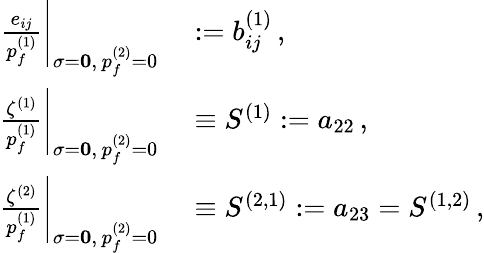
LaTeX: \begin{array}{rl}{\left.\frac{e_{ij}}{p_{f}^{(1)}}\right|_{{\mathbf{\sigma}=\mathbf{0}},\, p_{f}^{(2)}=0}}&{{}:=b_{ij}^{(1)}\, ,}\\ {\left.\frac{\zeta^{(1)}}{p_{f}^{(1)}}\right|_{{\mathbf{\sigma}=\mathbf{0}},\, p_{f}^{(2)}=0}}&{{}\equiv S^{(1)}:=a_{22}\, ,}\\ {\left.\frac{\zeta^{(2)}}{p_{f}^{(1)}}\right|_{{\mathbf{\sigma}=\mathbf{0}},\, p_{f}^{(2)}=0}}&{{}\equiv S^{(2,1)}:=a_{23}=S^{(1,2)}\, ,}\end{array}